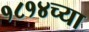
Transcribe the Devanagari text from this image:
१८१४च्या